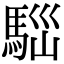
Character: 𩣃